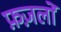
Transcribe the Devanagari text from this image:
फ़ज़लों